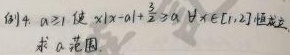
例 4. $a\geq 1$, 使 $|x - a|+\frac{3}{x}\geq a, \forall x\in [1,2]$ 恒成立, 求 $a$ 范围.